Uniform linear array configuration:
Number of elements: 8
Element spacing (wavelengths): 1
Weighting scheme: hamming
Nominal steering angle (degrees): -30
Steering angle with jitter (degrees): -28.222
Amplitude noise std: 0.05
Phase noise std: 0.05

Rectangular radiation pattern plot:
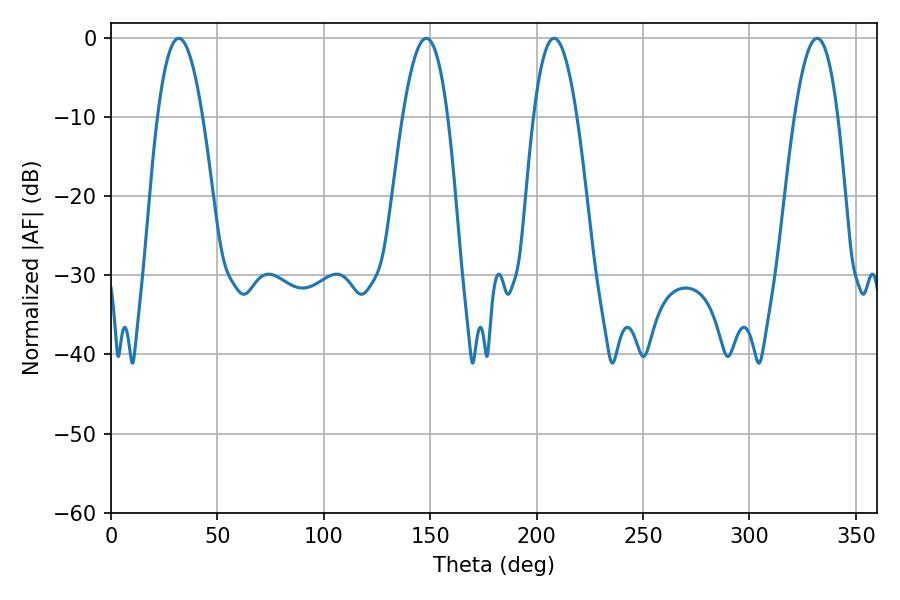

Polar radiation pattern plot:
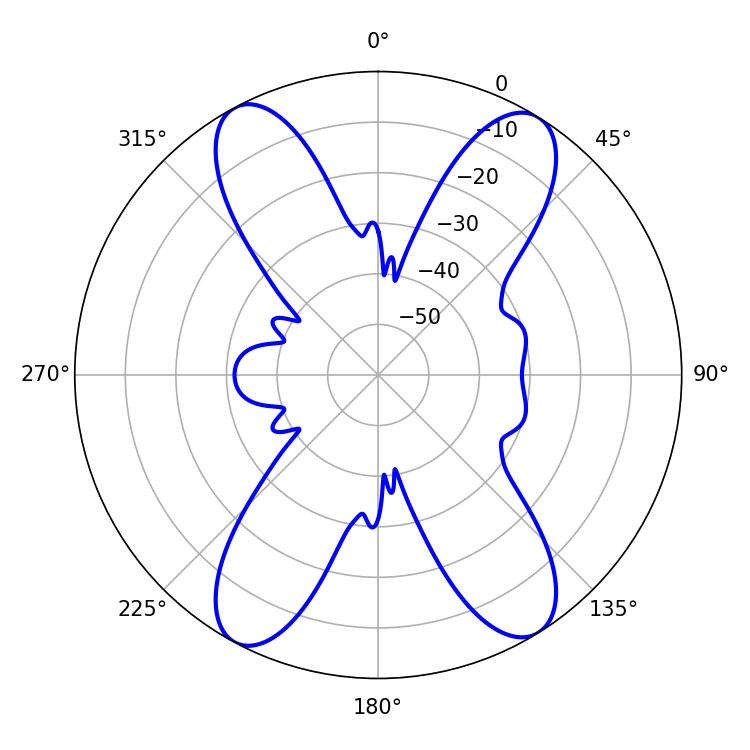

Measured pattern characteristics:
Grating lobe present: TRUE
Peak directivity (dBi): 17.876
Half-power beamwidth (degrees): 11.52
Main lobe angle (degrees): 31.86